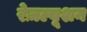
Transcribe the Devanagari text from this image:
रेज़ल्यूशन